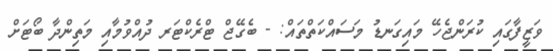
ވަޒީފާގައި ކުރަންޖެހޭ މައިގަނޑު މަސައްކަތްތައް: - ބެގޭޖް ޓްރެކްޓަރ ދުއްވުމާއި މަތިންދާ ބޯޓަށް